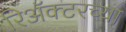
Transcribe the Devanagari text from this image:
रिॲक्टरच्या